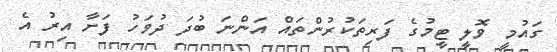
ގައުމީ ވޮލީ ޓީމުގެ ފަރިތަކުރުންތައް އަންނަ ބުދަ ދުވަހު ފަށާ އިރު އެ